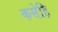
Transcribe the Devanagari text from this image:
कसेहि